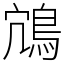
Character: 鴧